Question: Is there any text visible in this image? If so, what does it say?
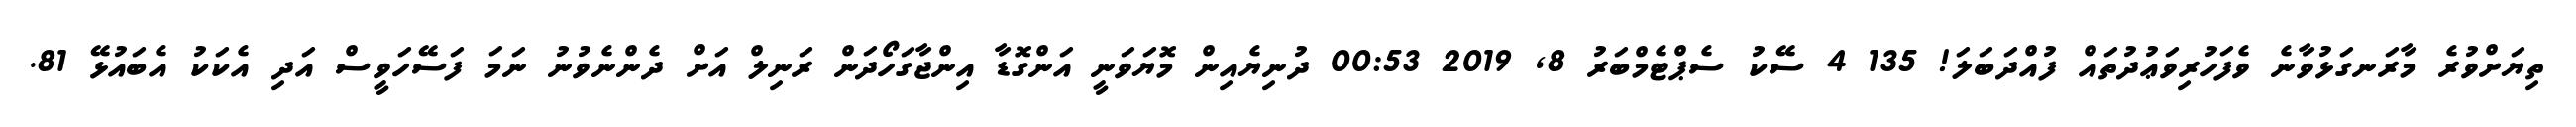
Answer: ތިޔަށްވުރެ މާރަނގަޅުވާނެ ވެފަހުރިވަޢުދުތައް ފުއްދަބަލަ! 135 4 ސޭކު ސެޕްޓެމްބަރު 8, 2019 00:53 ދުނިޔެއިން މޮޔަވަނީ އަންގޮޑާ އިންޖާގަހޯދަން ރަނިލް އަށް ދެންނެވުނު ނަމަ ފަސޭހަވީސް އަދި އެކަކު އެބައުޅޭ 81.